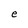
Character: e